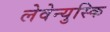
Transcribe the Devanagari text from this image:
लेवेन्युस्कि